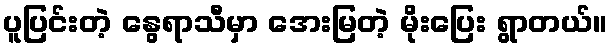
ပူပြင်းတဲ့ နွေရာသီမှာ အေးမြတဲ့ မိုးပြေး ရွာတယ်။